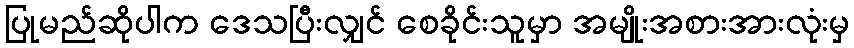
ပြုမည်ဆိုပါက ဒေသပြီးလျှင် စေခိုင်းသူမှာ အမျိုးအစားအားလုံးမှ